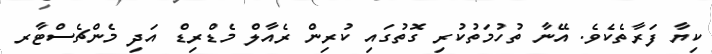
ކިޔާ ފަރާތެކެވެ. އޭނާ ތުހުމަތުކުރި ގޮތުގައި ކުރިން ރެއާލް މެޑްރިޑް އަދި މެންޗެސްޓާރ